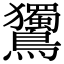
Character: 𪈌